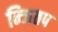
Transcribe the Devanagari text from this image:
न्जितप